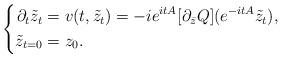
LaTeX: \begin{align*}\left\{ \begin{aligned} \partial_{t}\tilde z_{t}&=v(t,\tilde z_{t})=-ie^{itA}[\partial_{\bar z}Q](e^{-itA}\tilde z_{t}),&\\ \tilde z _{t=0}&=z_{0}.\\ \end{aligned} \right.\end{align*}